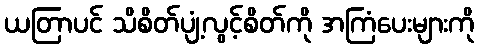
ယတြာပင် သိစိတ်ပျံ့လွင့်စိတ်ကို အကြံပေးများကို